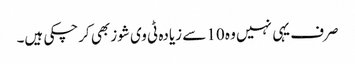
صرف یہی نہیں وہ 10 سے زیادہ ٹی وی شوز بھی کرچکی ہیں۔